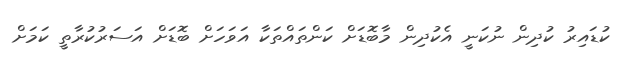
ކުޑައިރު ކުދިން ނުކަނީ އެކުދިން މާބޮޑަށް ކަންތައްތަކާ އަވަަހަށް ބޮޑަށް އަސަރުކުރާތީ ކަމަށް